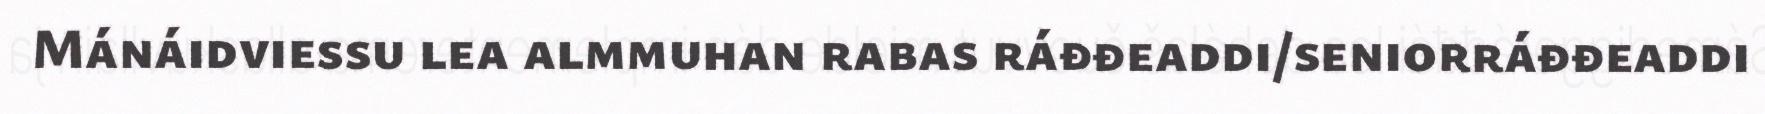
Mánáidviessu lea almmuhan rabas ráđđeaddi/seniorráđđeaddi